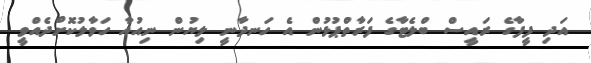
އަދި ފީފާގެ ރައީސް ބްލެޓާގެ ފަރާތްޕުޅުން އެ ހަނދާނީ ލިޔުން ނިއުއާ ހަވާލުކޮށްދެއްވީ